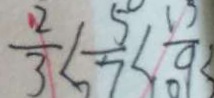
\frac { 2 } { 3 } < \frac { 5 } { 7 } < \frac { 1 5 } { 9 } <